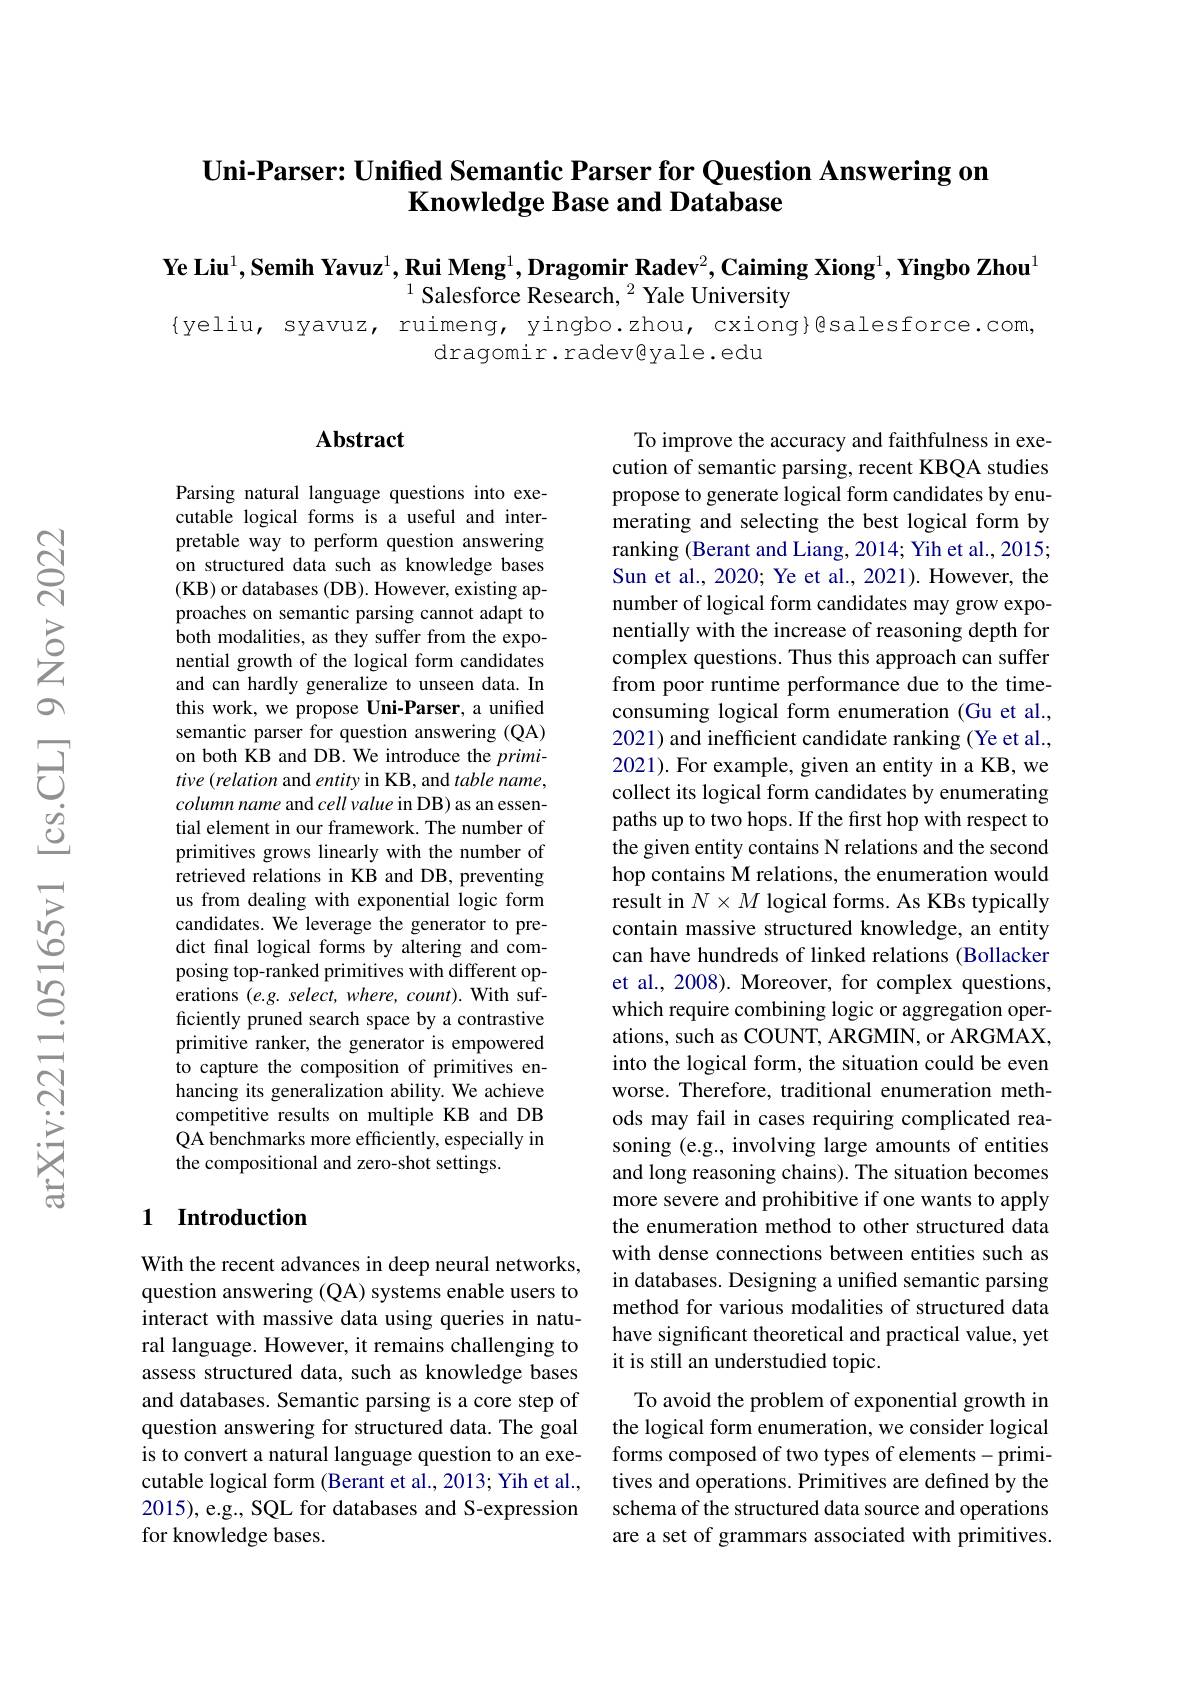
# Uni-Parser: Unifed Semantic Parser for Question Answering on $\textbf{Knowledge Base and Database}$

Ye Liu$^1$,Semih Yavuz$^1,\textbf{Rui Meng}^1,\textbf{Dragomir Radev}^2,\textbf{Caiming Xiong}^1,\textbf{Yingbo Zhou}^1$
$^{1}$Salesforce Research,$^2$Yale University

{yeliu, syavuz, ruimeng, yingbo.zhou, cxiong}@salesforce.com,
dragomir.radev$\textcircled{\mathrm{e}}$yale.edu

## $\mathbf{Abstract}$

Parsing natural language questions into executable logical forms is a useful and interpretable way to perform question answering on structured data such as knowledge bases (KB) or databases (DB). However, existing approaches on semantic parsing cannot adapt to both modalities, as they suffer from the exponential growth of the logical form candidates and can hardly generalize to unseen data. In this work, we propose Uni-Parser, a unified semantic parser for question answering (QA) on both KB and DB. We introduce the primitive (relation and entity in KB, and table name, column name and cell value in DB) as an essential element in our framework. The number of primitives grows linearly with the number of retrieved relations in KB and DB, preventing us from dealing with exponential logic form candidates. We leverage the generator to predict final logical forms by altering and composing top-ranked primitives with different operations $( e. g. \textit{select, where, count}) .$ With sufficiently pruned search space by a contrastive primitive ranker, the generator is empowered to capture the composition of primitives enhancing its generalization ability. We achieve competitive results on multiple KB and DB QA benchmarks more efficiently, especially in the compositional and zero-shot settings.

## 1 Introduction

With the recent advances in deep neural networks, question answering (QA) systems enable users to interact with massive data using queries in natural language. However, it remains challenging to assess structured data, such as knowledge bases and databases. Semantic parsing is a core step of question answering for structured data. The goal is to convert a natural language question to an executable logical form (Berant et al., 2013; Yih et al., 2015), e.g., SQL for databases and S-expression for knowledge bases.

To improve the accuracy and faithfulness in execution of semantic parsing, recent KBQA studies propose to generate logical form candidates by enumerating and selecting the best logical form by ranking (Berant and Liang, 2014; Yih et al., 2015; Sun et al., 2020; Ye et al., 2021). However, the number of logical form candidates may grow exponentially with the increase of reasoning depth for complex questions. Thus this approach can suffer from poor runtime performance due to the timeconsuming logical form enumeration (Gu et al., 2021) and inefficient candidate ranking (Ye et al., 2021). For example, given an entity in a KB, we collect its logical form candidates by enumerating paths up to two hops. If the first hop with respect to the given entity contains N relations and the second hop contains M relations, the enumeration would result in $N\times M$ logical forms. As KBs typically contain massive structured knowledge, an entity can have hundreds of linked relations (Bollacker et al., 2008). Moreover, for complex questions, which require combining logic or aggregation operations, such as COUNT, ARGMIN, or ARGMAX, into the logical form, the situation could be even worse. Therefore, traditional enumeration methods may fail in cases requiring complicated reasoning (e.g., involving large amounts of entities and long reasoning chains). The situation becomes more severe and prohibitive if one wants to apply the enumeration method to other structured data with dense connections between entities such as in databases. Designing a unified semantic parsing method for various modalities of structured data have significant theoretical and practical value, yet it is still an understudied topic.
To avoid the problem of exponential growth in the logical form enumeration, we consider logical forms composed of two types of elements-primitives and operations. Primitives are defined by the schema of the structured data source and operations

are a set of grammars associated with primitives.